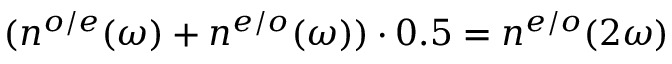
( n ^ { o / e } ( \omega ) + n ^ { e / o } ( \omega ) ) \cdot 0 . 5 = n ^ { e / o } ( 2 \omega )